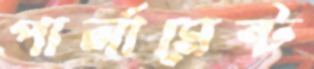
পার্লামেন্ট